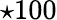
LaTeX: \star 100